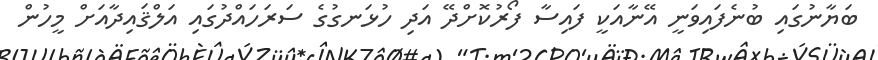
ބަޔާނުގައި ބުނެފައިވަނީ އޭނާއަކީ ފައިސާ ފޯރުކޮށްދޭ އަދި ހުޅަނގުގެ ސަރަހައްދުގައި އަލްޤައިދާއަށް މީހުން